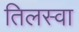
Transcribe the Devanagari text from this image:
तिलस्वा